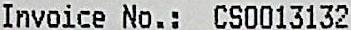
INVOICE NO.: CS0013132